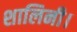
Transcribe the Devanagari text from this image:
शालिनी।